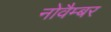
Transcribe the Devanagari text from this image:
नोवैम्बर